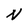
Character: N